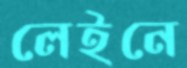
লেইনে